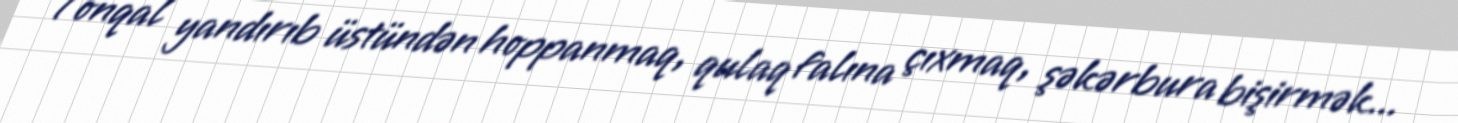
Tonqal yandırıb üstündən hoppanmaq, qulaq falına çıxmaq, şəkərbura bişirmək...